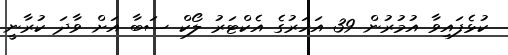
ކުޅެފައިވާ އުމުރުން 39 އަހަރުގެ އެކްޓަރު ލޯކް ސަބާ އަށް ވާދަ ކުރާނީ